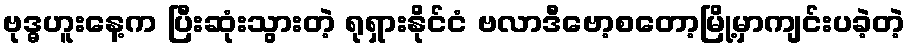
ဗုဒ္ဓဟူးနေ့က ပြီးဆုံးသွားတဲ့ ရုရှားနိုင်ငံ ဗလာဒီဗော့စတော့မြို့မှာကျင်းပခဲ့တဲ့